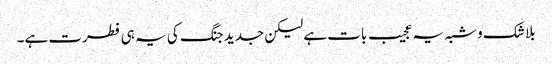
بلا شک و شبہ یہ عجیب بات ہے لیکن جدید جنگ کی یہ ہی فطرت ہے۔